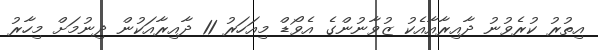
އިތުރު ކުރެވުނު ދާއިރާއާއެކު ޒުވާނުންގެ އެވޯޑް މިއަހަރު 11 ދާއިރާއަކުން ދިނުމަށް މިހާރު